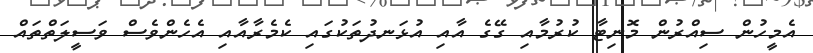
އެމީހުން ސިއްރުން މޮނިޓާ ކުރުމާއި ގޭގެ އާއި އުޅަނދުތަކުގައި ކެމެރާއާއި އެހެންވެސް ވަސީލަތްތައް